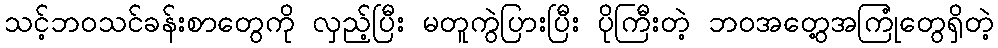
သင့်ဘဝသင်ခန်းစာတွေကို လှည့်ပြီး မတူကွဲပြားပြီး ပိုကြီးတဲ့ ဘဝအတွေ့အကြုံတွေရှိတဲ့